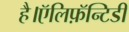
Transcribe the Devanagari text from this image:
है।ऍलिफ़ॅन्टिडी